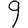
Digit: 9